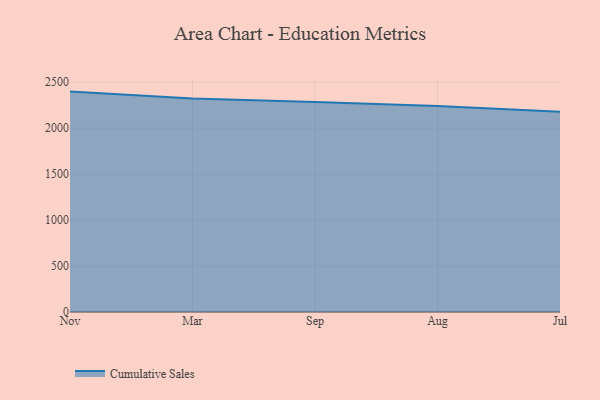
{"axis": {"x": "Month", "y": "Active Users"}, "legend": ["Cumulative Sales"], "data": [{"x": "Nov", "y": 2397.0, "type": "Cumulative Sales"}, {"x": "Mar", "y": 2322.3, "type": "Cumulative Sales"}, {"x": "Sep", "y": 2284.3, "type": "Cumulative Sales"}, {"x": "Aug", "y": 2240.3, "type": "Cumulative Sales"}, {"x": "Jul", "y": 2177.9, "type": "Cumulative Sales"}]}